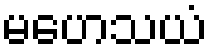
မဟေသယံ